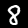
Digit: 8